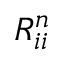
R _ { i i } ^ { n }